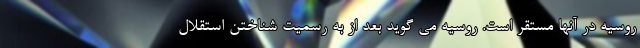
روسیه در آنها مستقر است. روسیه می گوید بعد از به رسمیت شناختن استقلال